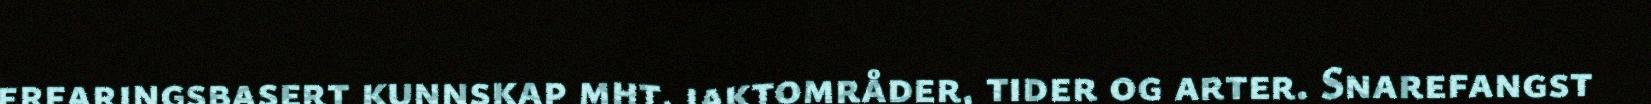
erfaringsbasert kunnskap mht. jaktområder, tider og arter. Snarefangst